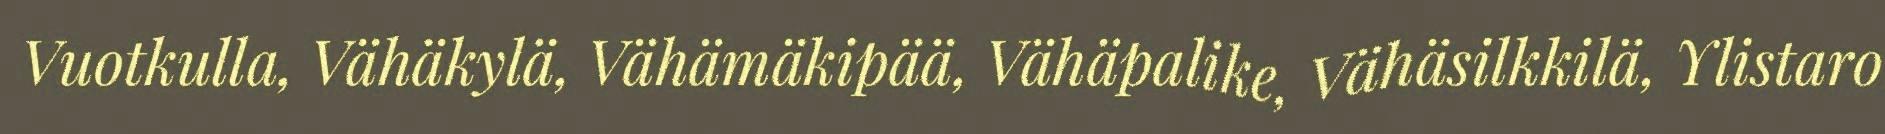
Vuotkulla, Vähäkylä, Vähämäkipää, Vähäpalike, Vähäsilkkilä, Ylistaro